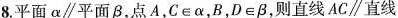
8.平面α\parallel平面β，点A，C\epsilon α，B，D\epsilon B，则直线AC\parallel直线